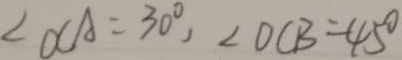
\angle D C A = 3 0 ^ { \circ } , \angle D C B = 4 5 ^ { \circ }